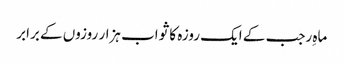
ماہِ رجب کے ایک روزہ کا ثواب ہزار روزوں کے برابر